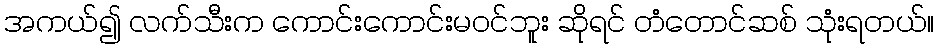
အကယ်၍ လက်သီးက ကောင်းကောင်းမဝင်ဘူး ဆိုရင် တံတောင်ဆစ် သုံးရတယ်။